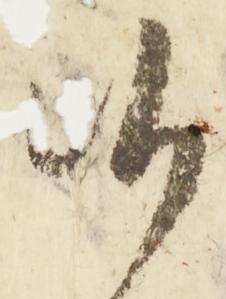
候